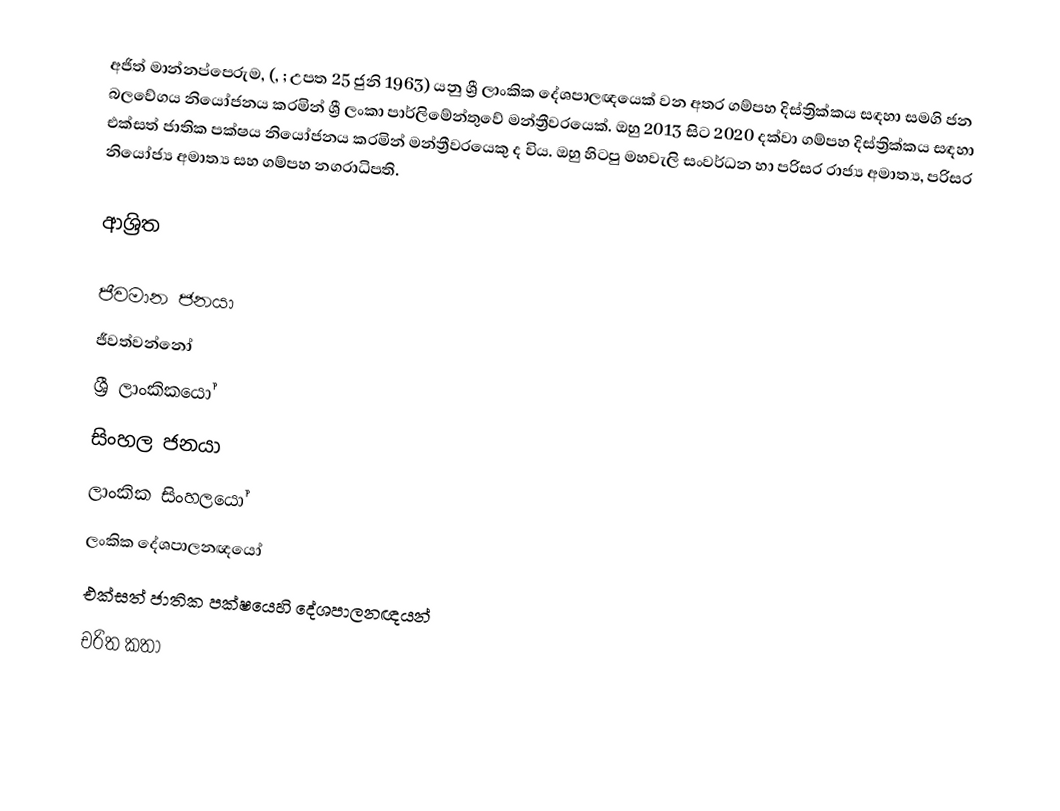
අජිත් මාන්නප්පෙරුම, (, ; උපත 25 ජුනි 1963) යනු ශ්‍රී ලාංකික දේශපාලඥයෙක් වන අතර ගම්පහ දිස්ත්‍රික්කය සඳහා සමගි ජන බලවේගය නියෝජනය කරමින් ශ්‍රී ලංකා පාර්ලිමේන්තුවේ මන්ත්‍රීවරයෙක්. ඔහු 2013 සිට 2020 දක්වා ගම්පහ දිස්ත්‍රික්කය සඳහා එක්සත් ජාතික පක්ෂය නියෝජනය කරමින් මන්ත්‍රීවරයෙකු ද විය. ඔහු හිටපු මහවැලි සංවර්ධන හා පරිසර රාජ්‍ය අමාත්‍ය, පරිසර නියෝජ්‍ය අමාත්‍ය සහ ගම්පහ නගරාධිපති.

ආශ්‍රිත

ජීවමාන ජනයා
ජීවත්වන්නෝ
ශ්‍රී ලාංකිකයෝ
සිංහල ජනයා
ලාංකික සිංහලයෝ
ලංකික දේශපාලනඥයෝ
එක්සත් ජාතික පක්ෂයෙහි දේශපාලනඥයන්
චරිත කතා